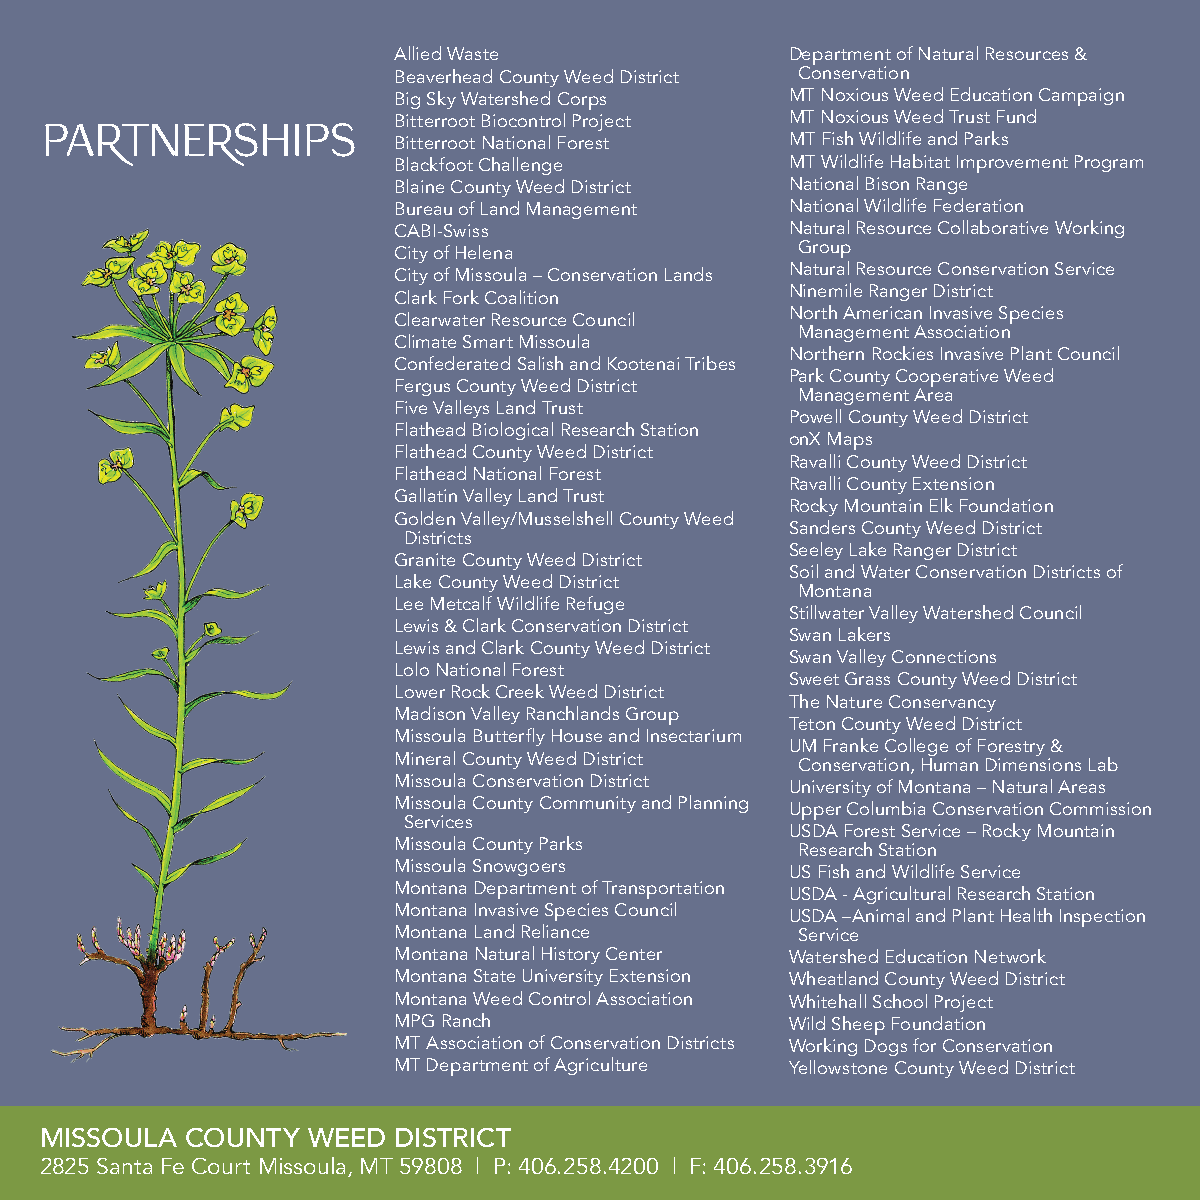
Allied Waste              Department of Natural Resources &
 Beaverhead County Weed District Conservation
 Big Sky Watershed Corps   MT Noxious Weed Education Campaign
 Bitterroot Biocontrol Project MT Noxious Weed Trust Fund
 PARTNERSHIPS
 Bitterroot National Forest MT Fish Wildlife and Parks
 Blackfoot Challenge       MT Wildlife Habitat Improvement Program
 Blaine County Weed District National Bison Range
 Bureau of Land Management National Wildlife Federation
 CABI-Swiss                Natural Resource Collaborative Working
 Group
 City of Helena
 Natural Resource Conservation Service
 City of Missoula – Conservation Lands
 Ninemile Ranger District
 Clark Fork Coalition
 North American Invasive Species
 Clearwater Resource Council
 Management Association
 Climate Smart Missoula
 Northern Rockies Invasive Plant Council
 Confederated Salish and Kootenai Tribes
 Park County Cooperative Weed
 Fergus County Weed District
 Management Area
 Five Valleys Land Trust
 Powell County Weed District
 Flathead Biological Research Station
 onX Maps
 Flathead County Weed District
 Ravalli County Weed District
 Flathead National Forest
 Ravalli County Extension
 Gallatin Valley Land Trust
 Rocky Mountain Elk Foundation
 Golden Valley/Musselshell County Weed
 Sanders County Weed District
 Districts
 Seeley Lake Ranger District
 Granite County Weed District
 Soil and Water Conservation Districts of
 Lake County Weed District
 Montana
 Lee Metcalf Wildlife Refuge
 Stillwater Valley Watershed Council
 Lewis & Clark Conservation District
 Swan Lakers
 Lewis and Clark County Weed District
 Swan Valley Connections
 Lolo National Forest
 Sweet Grass County Weed District
 Lower Rock Creek Weed District
 The Nature Conservancy
 Madison Valley Ranchlands Group
 Teton County Weed District
 Missoula Butterfly House and Insectarium
 UM Franke College of Forestry &
 Mineral County Weed District Conservation, Human Dimensions Lab
 Missoula Conservation District University of Montana – Natural Areas
 Missoula County Community and Planning Upper Columbia Conservation Commission
 Services
 USDA Forest Service – Rocky Mountain
 Missoula County Parks      Research Station
 Missoula Snowgoers        US Fish and Wildlife Service
 Montana Department of Transportation USDA - Agricultural Research Station
 Montana Invasive Species Council USDA –Animal and Plant Health Inspection
 Montana Land Reliance      Service
 Montana Natural History Center Watershed Education Network
 Montana State University Extension Wheatland County Weed District
 Montana Weed Control Association Whitehall School Project
 MPG Ranch                 Wild Sheep Foundation
 MT Association of Conservation Districts Working Dogs for Conservation
 MT Department of Agriculture Yellowstone County Weed District
 MISSOULA COUNTY  WEED  DISTRICT
 2825 Santa Fe Court Missoula, MT 59808 | P: 406.258.4200 | F: 406.258.3916